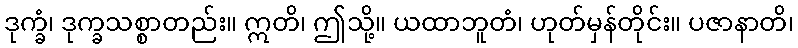
ဒုက္ခံ၊ ဒုက္ခသစ္စာတည်း။ ဣတိ၊ ဤသို့။ ယထာဘူတံ၊ ဟုတ်မှန်တိုင်း။ ပဇာနာတိ၊